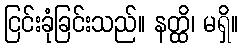
ငြင်းခုံခြင်းသည်။ နတ္ထိ၊ မရှိ။